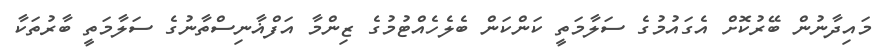
މައިދާނުން ބޭރުކޮށް އެގައުމުގެ ސަލާމަތީ ކަންކަން ބެލެހެއްޓުމުގެ ޒިންމާ އަފްޣާނިސްތާނުގެ ސަލާމަތީ ބާރުތަކާ